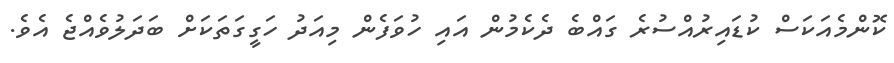
ކޮންމެއަކަސް ކުޑައިރުއްސުރެ ގައްބެ ދެކެމުން އައި ހުވަފެން މިއަދު ހަގީގަތަކަށް ބަދަލުވެއްޖެ އެވެ.